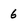
Character: 6